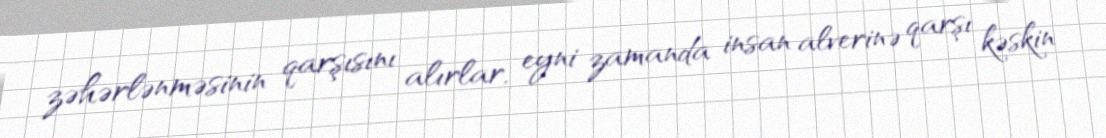
zəhərlənməsinin qarşısını alırlar, eyni zamanda insan alverinə qarşı kəskin